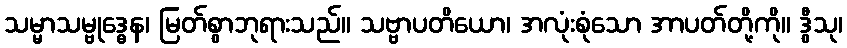
သမ္မာသမ္ဗုဒ္ဓေန၊ မြတ်စွာဘုရားသည်။ သဗ္ဗာပတိယော၊ အလုံးစုံသော အာပတ်တို့ကို။ ဒွီသု၊